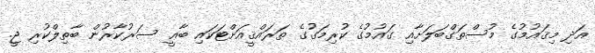
އަދި މިޤައުމުގެ މުސްތަގްބަލަށާއި ގައުމުގެ ކުރިމަގުގެ ތަރައްޤީއަށްޓަކައި ބާޢީ ސަރުކާރުން ބާތިލްކުރި ޖީ.